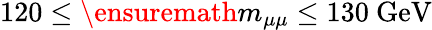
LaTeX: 120\leq\ensuremath{m_{\mu\mu}}\leq 130\ \mathrm{GeV}